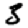
Digit: 3